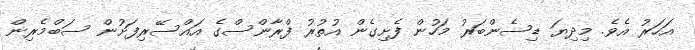
އަހަރު އެވެ. މިދިޔަ ޑިސެންބަރު މަހުން ފެށިގެން އުތުރު ފްރާންސްގެ އައްސޭރިފަށުން ސަބްމެރިން